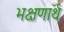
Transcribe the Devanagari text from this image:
भक्षणार्थ